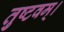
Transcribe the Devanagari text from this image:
तुष्टवम्।